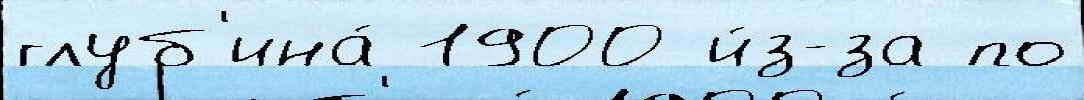
глуб'ина́ 1900 и́з-за по